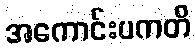
အကောင်းပကတိ